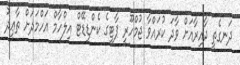
ދަނގެތީ ދާއިރާއަށް ވާދަ ކުރައްވާ ޖުމްހޫރީ ޕާޓީގެ ކެންޑިޑޭޓް އިލްހާމް އަހްމަދަށް ތާޢީދު